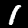
Label: 1